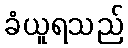
ခံယူရသည်